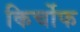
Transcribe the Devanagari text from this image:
किर्चोफ